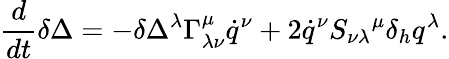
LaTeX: \frac{d}{dt}\delta\Delta=-\delta\Delta^{\lambda}\Gamma_{\lambda\nu}^{\mu}\dot{q}^{\nu}+2\dot{q}^{\nu}S_{\nu\lambda}{}^{\mu}\delta_{h}q^{\lambda}.